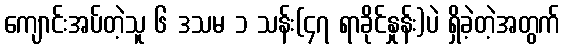
ကျောင်းအပ်တဲ့သူ ၆ ဒသမ ၁ သန်း(၄၇ ရာခိုင်နှုန်း)ပဲ ရှိခဲ့တဲ့အတွက်